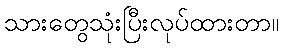
သားတွေသုံးပြီးလုပ်ထားတာ။